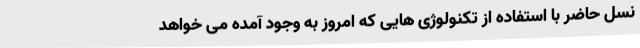
نسل حاضر با استفاده از تکنولوژی هایی که امروز به وجود آمده می خواهد